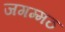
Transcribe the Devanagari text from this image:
जगम्मठ